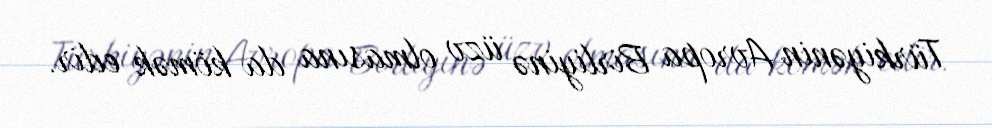
Türkiyənin Avropa Birliyinə üzv olmasına da kömək edir.